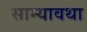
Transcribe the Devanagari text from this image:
साम्यावथा